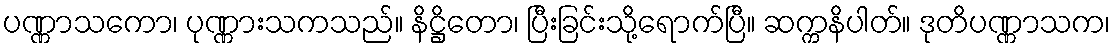
ပဏ္ဏာသကော၊ ပုဏ္ဏားသကသည်။ နိဋ္ဌိတော၊ ပြီးခြင်းသို့ရောက်ပြီ။ ဆက္ကနိပါတ်။ ဒုတိပဏ္ဏာသက၊